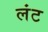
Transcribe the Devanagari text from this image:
लंट